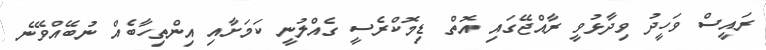
ރައީސް ވަހީދު ވިދާޅުވީ ރާއްޖޭގައި އޮތް ޑިމޮކްރެސީ ގެއްލުނީ ކަމަށާއި އިންތިހާބެއް ނުބޭއްވޭނެ